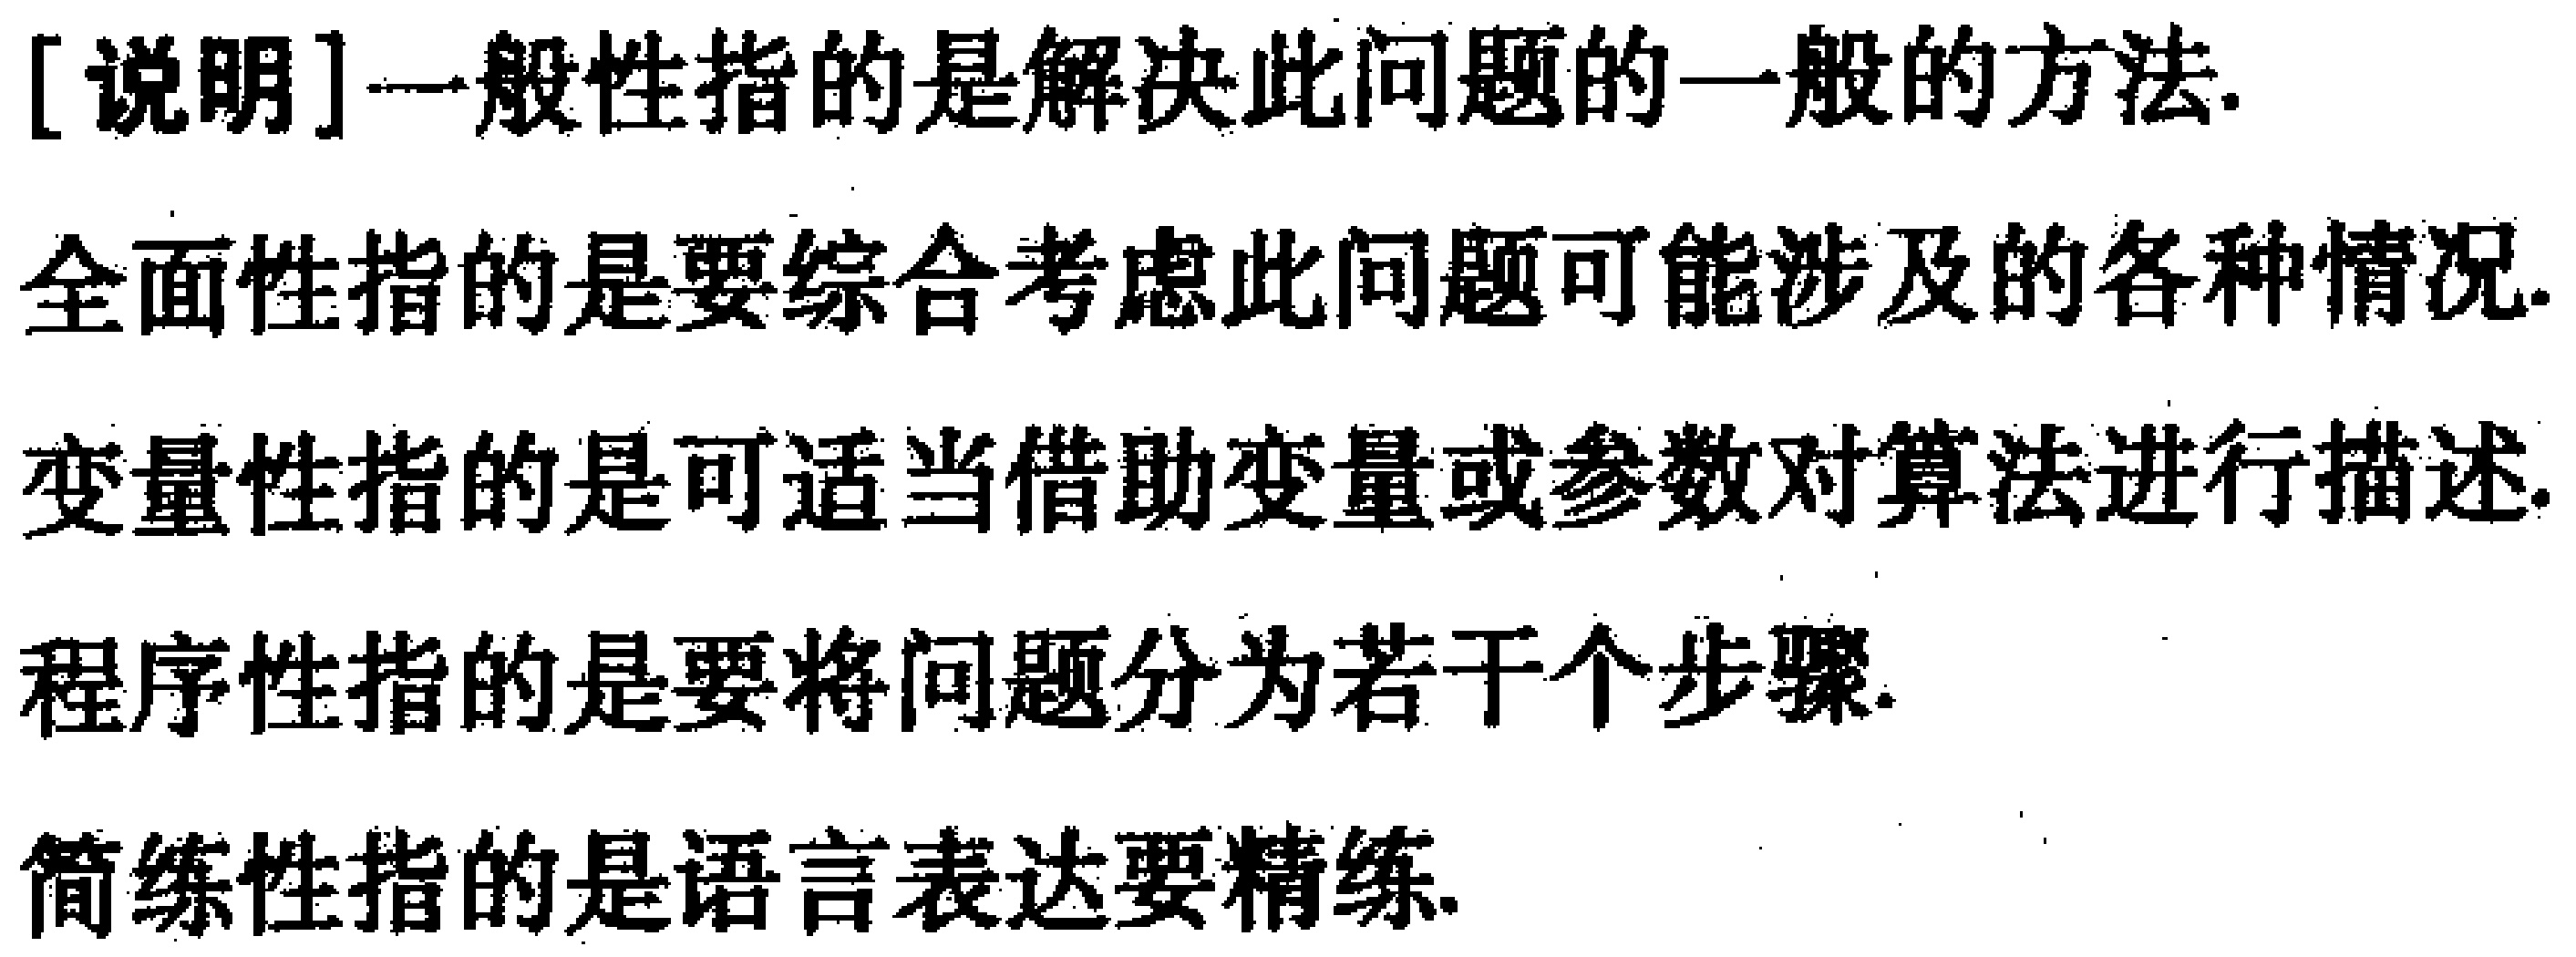
[说明]一般性指的是解决此问题的一般的方法.
全面性指的是要综合考虑此问题可能涉及的各种情况.
变量性指的是可适当借助变量或参数对算法进行描述.
程序性指的是要将问题分为若干个步骤.
简练性指的是语言表达要精练.